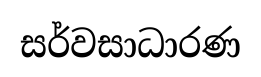
සර්වසාධාරණ